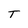
Character: T